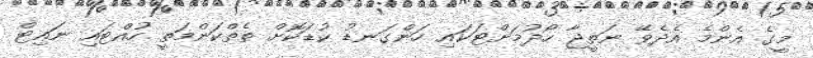
މީގެ އެންމެ އެދެވޭ ނަތީޖާ ހޯދުމަށްޓަކައި ހަންގަނޑު ކުޑަކޮށް ތެތްކަންމަތީ ހުއްޓައި ނައިޓް